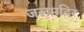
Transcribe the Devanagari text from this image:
जलमदिर